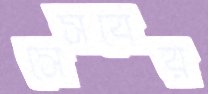
সেসবের